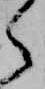
ら